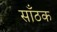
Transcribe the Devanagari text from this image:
साँठक